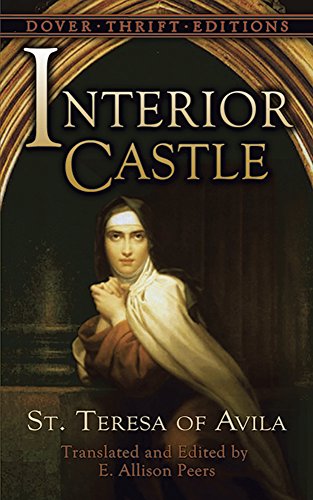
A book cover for Interior Castle (Dover Thrift Editions); St. Teresa of Avila; Religion & Spirituality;